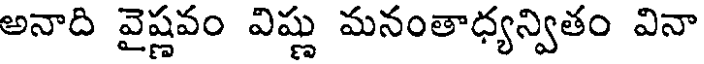
అనాది వైష్ణవం విష్ణు మనంతాధ్యన్వితం వినా